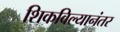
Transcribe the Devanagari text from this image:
शिकविल्यानंतर